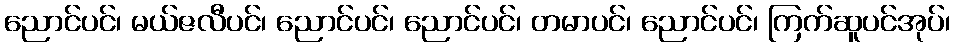
ညောင်ပင်၊ မယ်ဇလီပင်၊ ညောင်ပင်၊ ညောင်ပင်၊ တမာပင်၊ ညောင်ပင်၊ ကြက်ဆူပင်အုပ်၊